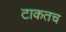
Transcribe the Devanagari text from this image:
टाकतच